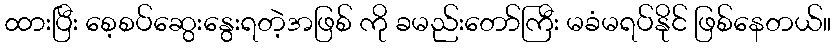
ထားပြီး စေ့စပ်ဆွေးနွေးရတဲ့အဖြစ် ကို ခမည်းတော်ကြီး မခံမရပ်နိုင် ဖြစ်နေတယ်။